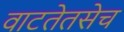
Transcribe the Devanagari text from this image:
वाटतेतसेच